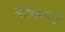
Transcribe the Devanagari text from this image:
मंडणगडहून